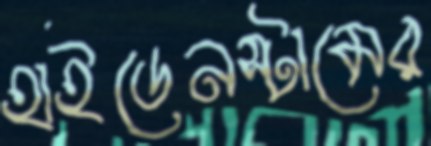
হাইডেনস্টামের